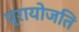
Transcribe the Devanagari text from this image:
प्रायोजति